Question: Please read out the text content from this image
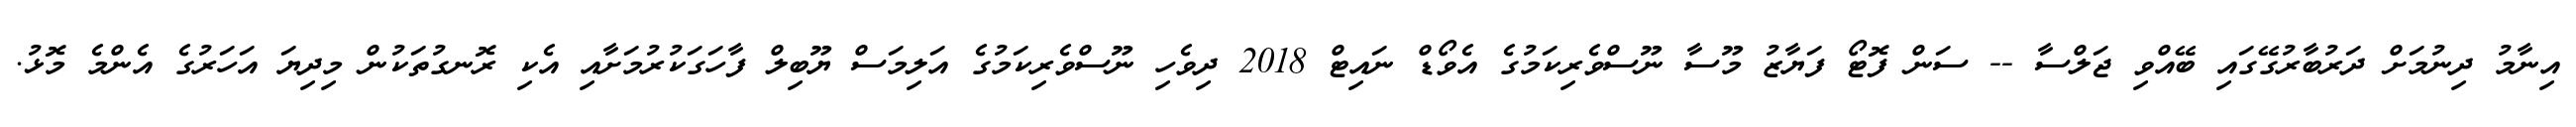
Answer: އިނާމު ދިނުމަށް ދަރުބާރުގޭގައި ބޭއްވި ޖަލްސާ -- ސަން ފޮޓޯ ފަޔާޒު މޫސާ ނޫސްވެރިކަމުގެ އެވޯޑް ނައިޓް 2018 ދިވެހި ނޫސްވެރިކަމުގެ އަލިމަސް ޔޫބިލް ފާހަގަކުރުމަށާއި އެކި ރޮނގުތަކުން މިދިޔަ އަހަރުގެ އެންމެ މޮޅު.